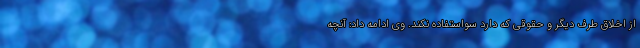
از اخلاق طرف دیگر و حقوقی که دارد سواستفاده نکند. وی ادامه داد: آنچه